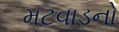
મટવાડનો